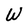
Character: W